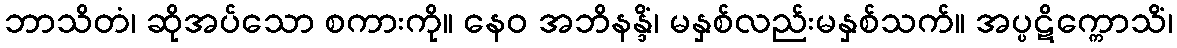
ဘာသိတံ၊ ဆိုအပ်သော စကားကို။ နေဝ အဘိနန္ဒိံ၊ မနှစ်လည်းမနှစ်သက်။ အပ္ပဋိက္ကောသိံ၊